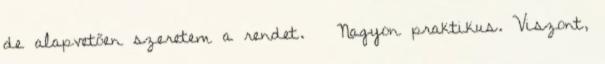
de alapvetően szeretem a rendet. 🙂 Nagyon praktikus. Viszont,